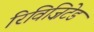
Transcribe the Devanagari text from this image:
रिविज़िटेड